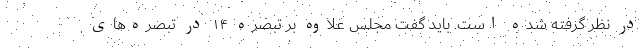
در نظر گرفته شده است. باید گفت مجلس علاوه بر تبصره ۱۴ در تبصره‌های